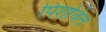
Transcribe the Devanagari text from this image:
पिशवित